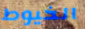
الخيوط